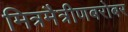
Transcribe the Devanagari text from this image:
मित्रमैत्रीणबरोबर